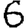
Digit: 6